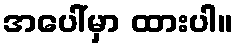
အပေါ်မှာ ထားပါ။